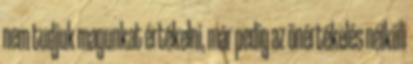
nem tudjuk magunkat értékelni, már pedig az önértékelés nélküli